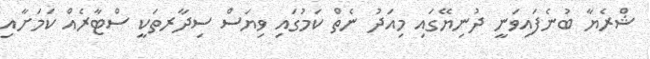
ޝްރެޔާ ބުނެފައިވަނީ ދުނިޔޭގައި މިއަދު ނެތް ކަމުގައި ވިޔަސް ސިދާރތަކީ ސްޓާރެއް ކަމަށާއި